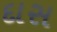
દાસ